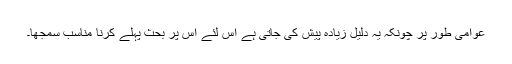
عوامی طور پر چونکہ یہ دلیل زیادہ پیش کی جاتی ہے اس لئے اس پر بحث پہلے کرنا مناسب سمجھا۔